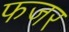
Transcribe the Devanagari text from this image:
फजर